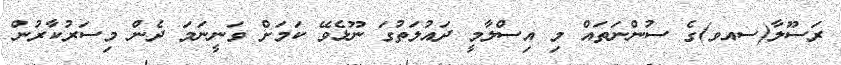
ރަސޫލާ(ސއވ)ގެ ސުންނަތައް މި އިސްލާމީ ދައުލަތުގަ ނޫޅެވޭ ކަމަށް ވަނީނަމަ ދެން މިސަރުކާރުން